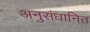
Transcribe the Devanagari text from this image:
अनुसंधानित